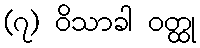
(၇) ဝိသာခါ ဝတ္ထု